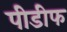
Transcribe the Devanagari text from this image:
पीडीफ